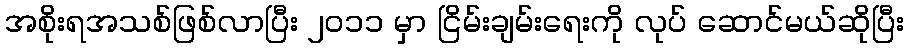
အစိုးရအသစ်ဖြစ်လာပြီး ၂ဝ၁၁ မှာ ငြိမ်းချမ်းရေးကို လုပ် ဆောင်မယ်ဆိုပြီး